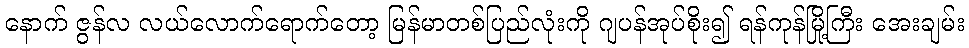
နောက် ဇွန်လ လယ်လောက်ရောက်တော့ မြန်မာတစ်ပြည်လုံးကို ဂျပန်အုပ်စိုး၍ ရန်ကုန်မြို့ကြီး အေးချမ်း